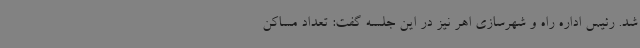
شد. رئیس اداره راه و شهرسازی اهر نیز در این جلسه گفت: تعداد مساکن